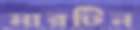
মারটিন